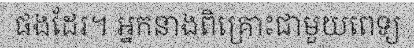
ផងដែរ។ អ្នកនាងពិគ្រោះជាមួយពេទ្យ